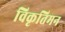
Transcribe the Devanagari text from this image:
विकृतिमन